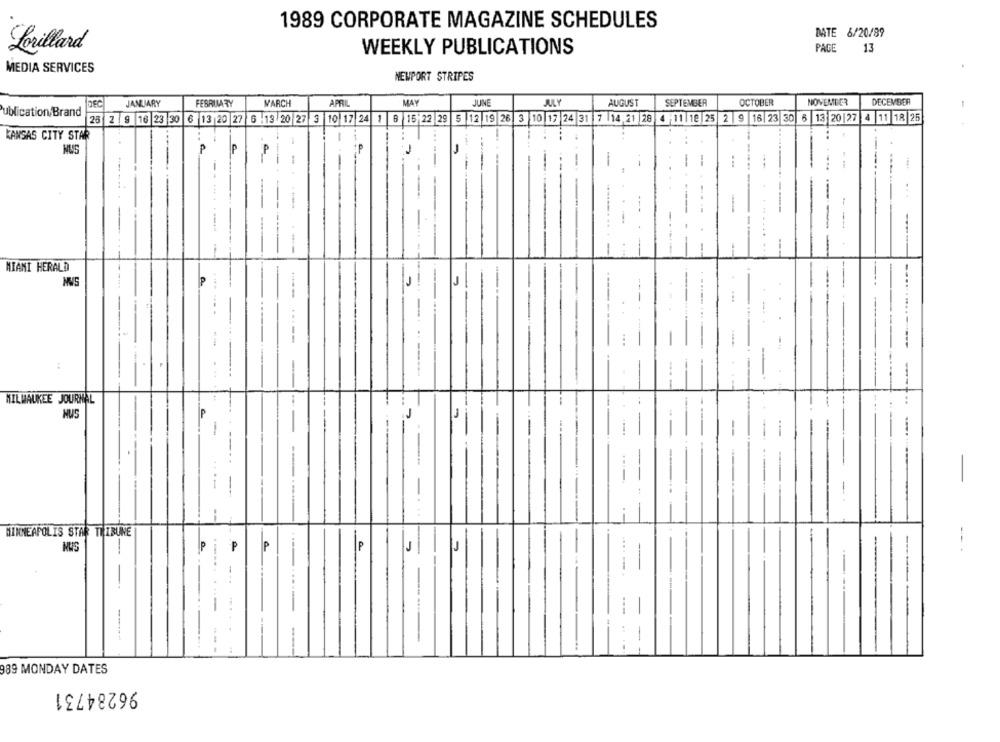
1989 CORPORATE MAGAZINE SCHEDULES
DATE 6/20/89
Lorillard
WEEKLY PUBLICATIONS
PAGE
13
MEDIA SERVICES
NEWPORT STRIPES
JANUARY
FEBRUARY
MARCH
APRIL
MAY
JUINE
JULY
AUGUST
SEPTEMBER
OCTOBER
NOVEMBER
DECEMBER
ublication/ Brand
25 2 9 16 23 30 6 13 20 27 6 13 20 27 3 10 17 24 1 8 15 22 29 5 12 19 26 3 10 17 24 31 7 14 21 28 4 11 19 25 2 9 16 23 30 6 13 20|27 4 11 18 25
KANSAS CITY STAR
MUSS
P
P
.-
MIAMI HERALD
P
J
J
....
--
MILWAUKEE JOURNAL
HUS
J
J
-
-
--
----....
MINNEAPOLIS STAR TRIBUNE
IP
P
P
.... ..
-..
.. ...
------
-
989 MONDAY DATES
96284731